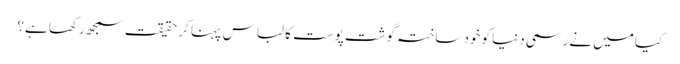
کیا میں نے رسمی دنیا کو خود ساختہ گوشت پوست کا لباس پہنا کر حقیقت سمجھ رکھا ہے؟